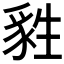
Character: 𤯴